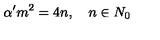
\alpha ^ { \prime } m ^ { 2 } = 4 n , \quad n \in N _ { 0 }